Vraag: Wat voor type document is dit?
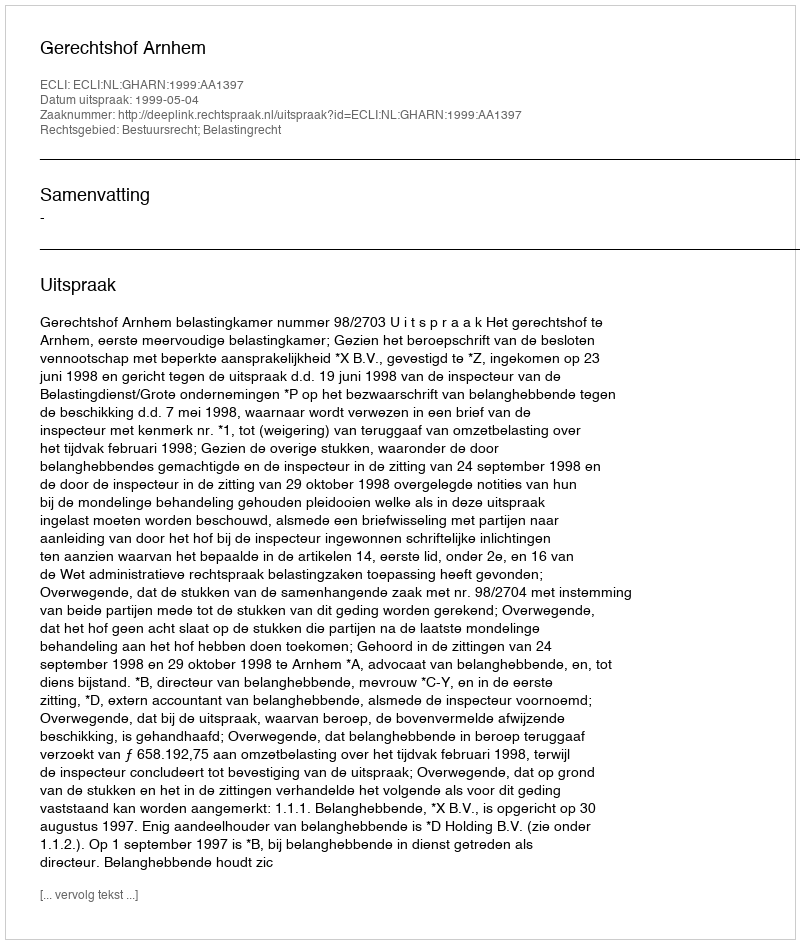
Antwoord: Uitspraak